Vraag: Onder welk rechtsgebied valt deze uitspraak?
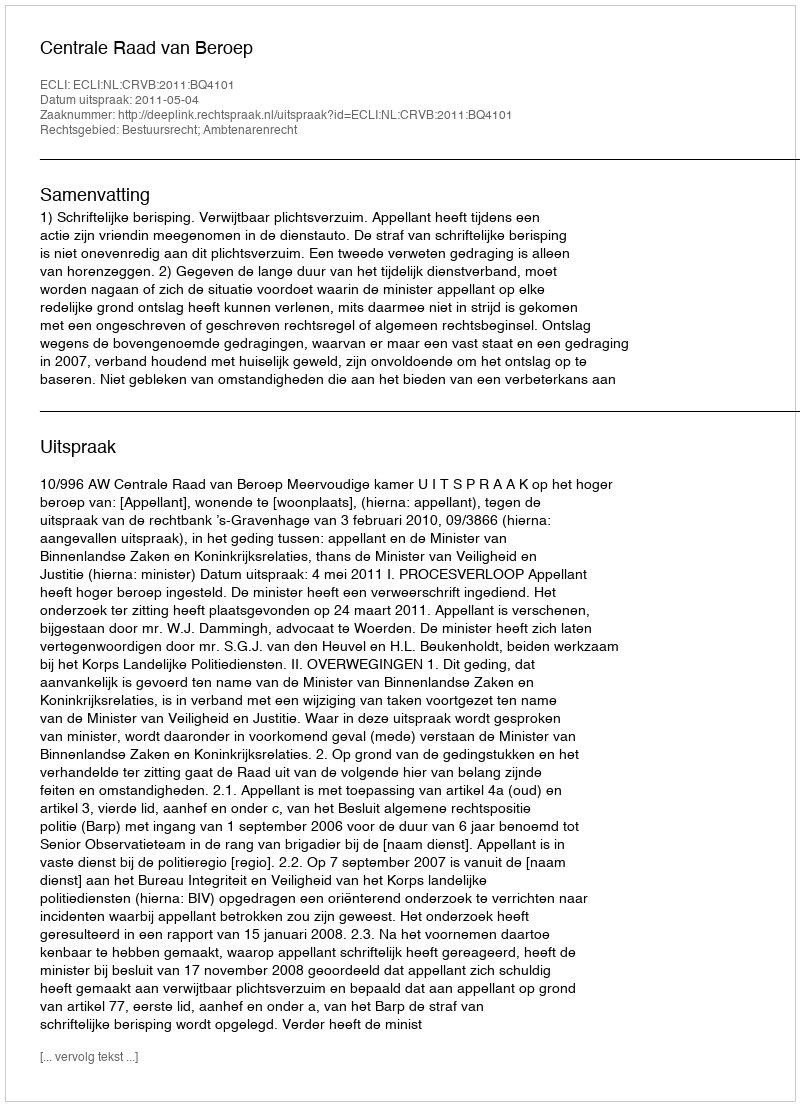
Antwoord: Bestuursrecht; Ambtenarenrecht